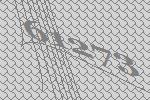
61273